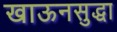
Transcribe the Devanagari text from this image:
खाऊनसुद्धा